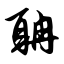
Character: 聃